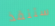
ستنقذ